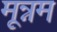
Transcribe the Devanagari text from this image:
मून्नम